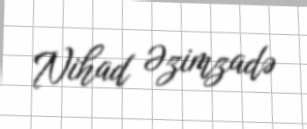
Nihad Əzimzadə